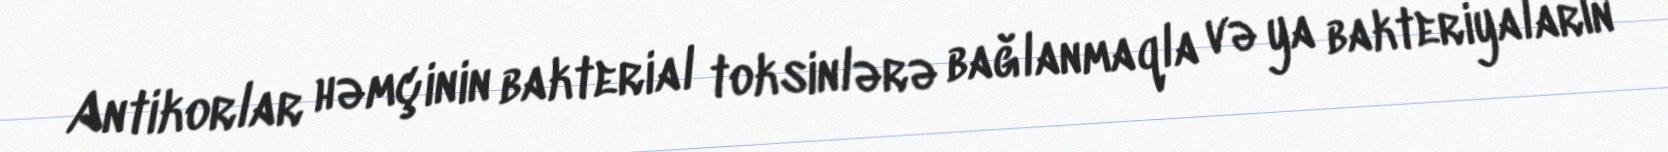
Antikorlar həmçinin bakterial toksinlərə bağlanmaqla və ya bakteriyaların